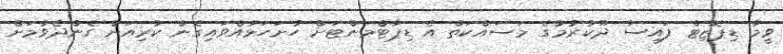
ވީމާ ޑިޕޮޒިޓް ފައިސާ ދޫކުރުމުގެ މަސައްކަތް އެ ޑިޕާޓްމަންޓަށް ހުށަހަޅުއްވައިގެން ކުރިއަށް ގެންދެވުމަށް